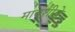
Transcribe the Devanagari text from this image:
मावशीचे